Lunatic asylums Punjab 1895-1910 - 1895-1910
Year: 1895
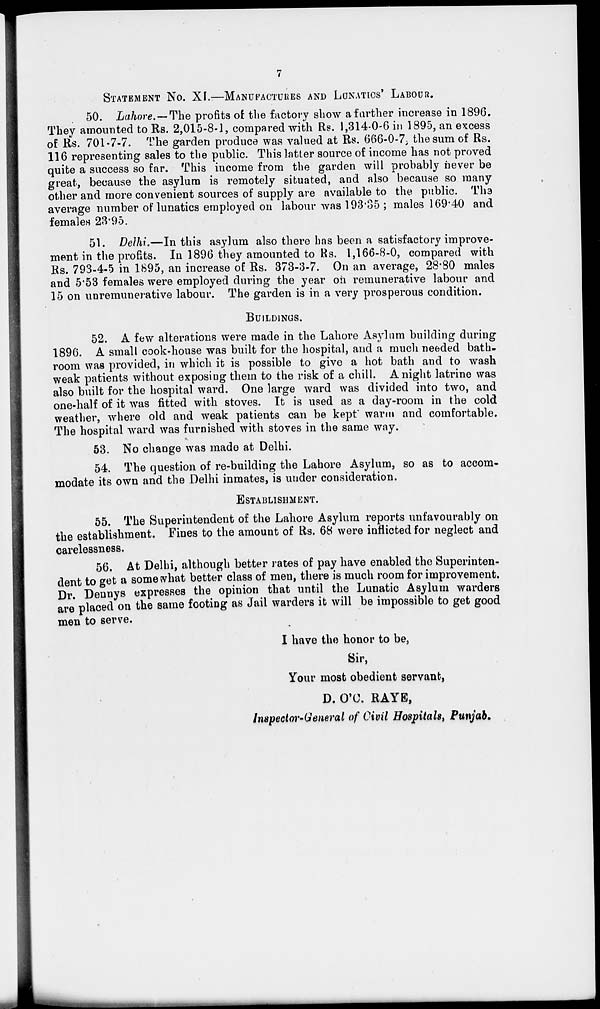
7
STATEMENT No. XI.—MANUFACTURES AND LUNATICS' LABOUR.
50. Lahore. — The profits of the factory show a farther increase in 1896.
They amounted to Rs. 2,015-8-1, compared with Rs. 1,314-0-6 in 1895, an excess
of Rs. 701-7-7. The garden produce was valued at Rs. 666-0-7, the sum of Rs.
116 representing sales to the public. This latter source of income has not proved
quite a success so far. This income from the garden will probably never be
great, because the asylum is remotely situated, and also because so many
other and more convenient sources of supply are available to the public. The
average number of lunatics employed on labour was 193.35 ; males 169.40 and
females 23.95.
51. Delhi—In this asylum also there has been a satisfactory improve-
ment in the profits. In 1896 they amounted to Rs. 1,166-8-0, compared with
Rs. 793-4-5 in 1895, an increase of Rs. 373-3-7. On an average, 28.80 males
and 5.53 females were employed during the year on remunerative labour and
15 on unremunerative labour. The garden is in a very prosperous condition.
BUILDINGS.
52. A few alterations were made in the Lahore Asylum building during
1896. A small cook-house was built for the hospital, and a much needed bath-
room was provided, in which it is possible to give a hot bath and to wash
weak patients without exposing them to the risk of a chill. A night latrine was
also built for the hospital ward. One large ward was divided into two, and
one-half of it was fitted with stoves. It is used as a day-room in the cold
weather, where old and weak patients can be kept warm and comfortable.
The hospital ward was furnished with stoves in the same way.
53. No change was made at Delhi.
54. The question of re-building the Lahore Asylum, so as to accom-
modate its own and the Delhi inmates, is under consideration.
ESTABLISHMENT.
55. The Superintendent of the Lahore Asylum reports unfavourably on
the establishment. Fines to the amount of Rs. 68 were inflicted for neglect and
carelessness.
56. At Delhi, although better rates of pay have enabled the Superinten-
dent to get a somewhat better class of men, there is much room for improvement.
Dr. Dennys expresses the opinion that until the Lunatic Asylum warders
are placed on the same footing as Jail warders it will be impossible to get good
men to serve.
I have the honor to be,
Sir,
Your most obedient servant,
D. O'C. RAYE,
Inspector-General of Civil Hospitals, Punjab.